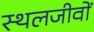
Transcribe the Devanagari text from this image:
स्थलजीवों